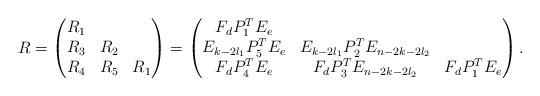
LaTeX: \begin{align*}R= \begin{pmatrix} R_1 \\ R_3 & R_2 \\ R_4 & R_5 & R_1 \end{pmatrix} =\begin{pmatrix}F_d P_1^T E_e \\E_{k-2l_1} P_5^T E_e & E_{k-2l_1} P_2^T E_{n-2k-2l_2} \\F_d P_4^T E_e & F_d P_3^T E_{n-2k-2l_2} & F_d P_1^T E_e \end{pmatrix}.\end{align*}